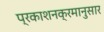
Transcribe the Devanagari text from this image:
प्रकाशनक्रमानुसार